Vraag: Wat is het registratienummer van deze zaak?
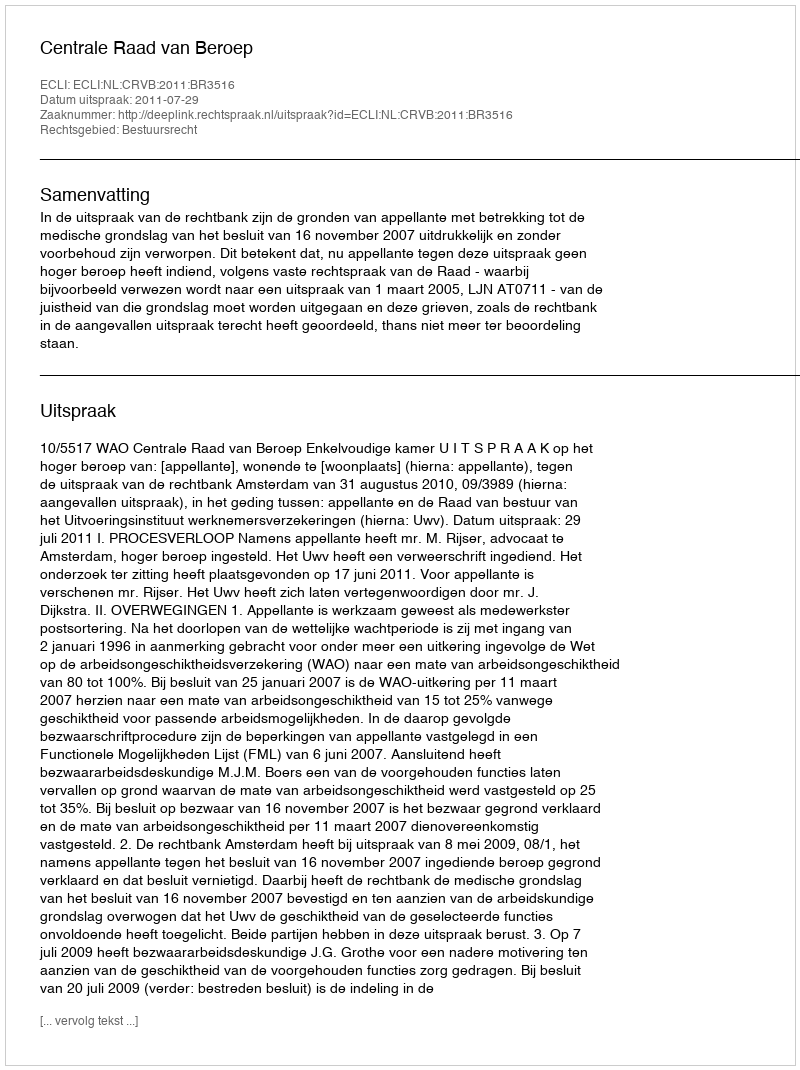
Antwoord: http://deeplink.rechtspraak.nl/uitspraak?id=ECLI:NL:CRVB:2011:BR3516